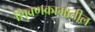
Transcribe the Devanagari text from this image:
शिवणकामातील